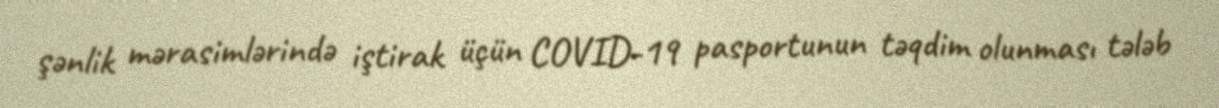
şənlik mərasimlərində iştirak üçün COVID-19 pasportunun təqdim olunması tələb